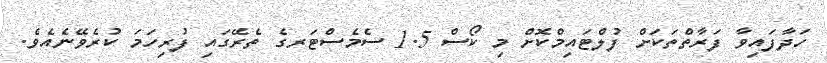
ހަދާފައިވާ ފަރާތްތަކަށް ފުލްޓައިމްކޮށް މި ކޯސް 1.5 ސެމެސްޓަރގެ ތެރޭގައި ފުރިހަމަ ކުރެވޭނެއެވެ.